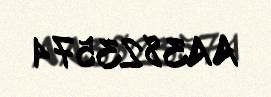
AA3823574